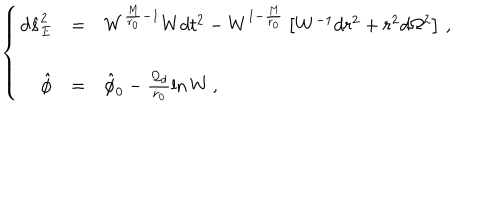
LaTeX: \left\{ \begin{array} { r c l } { { d \hat { s } _ { E } ^ { 2 } } } & { { = } } & { { W ^ { \frac { M } { r _ { 0 } } - 1 } W d t ^ { 2 } - W ^ { 1 - \frac { M } { r _ { 0 } } } \left[ W ^ { - 1 } d r ^ { 2 } + r ^ { 2 } d \Omega ^ { 2 } \right] \, , } } \\ { { } } & { { } } & { { } } \\ { { \hat { \phi } } } & { { = } } & { { \hat { \phi } _ { 0 } - \frac { { \cal Q } _ { d } } { r _ { 0 } } \ln W \, , } } \\ \end{array} \right.